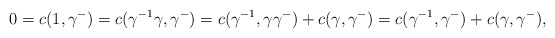
\begin{align*}0=c(1,\gamma^-)=c(\gamma^{-1}\gamma,\gamma^-)=c(\gamma^{-1},\gamma\gamma^-)+c(\gamma,\gamma^-)=c(\gamma^{-1},\gamma^-)+c(\gamma,\gamma^-),\end{align*}